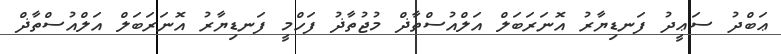
ޢަބްދު ސަޢީދު ފަނޑިޔާރު އޮނަރަބަލް އަލްއުސްތާޛް މުޖުތާޛު ފަހްމީ ފަނޑިޔާރު އޮނަރަބަލް އަލްއުސްތާޛް